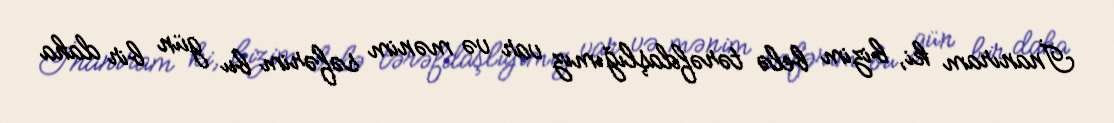
İnanıram ki, bizim belə tərəfdaşlığımız var və mənim səfərim bu gün bir daha